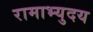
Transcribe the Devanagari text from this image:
रामाभ्युदय